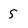
Character: s